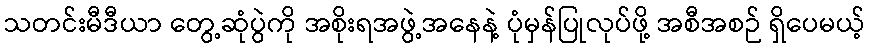
သတင်းမီဒီယာ တွေ့ဆုံပွဲကို အစိုးရအဖွဲ့အနေနဲ့ ပုံမှန်ပြုလုပ်ဖို့ အစီအစဉ် ရှိပေမယ့်